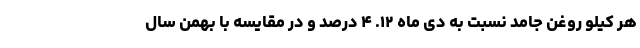
هر کیلو روغن جامد نسبت به دی ماه ۱۲. ۴ درصد و در مقایسه با بهمن سال